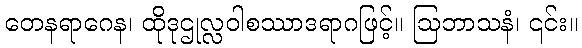
တေနရာဂေန၊ ထိုဒုဌုလ္လဝါစဿာဒရာဂဖြင့်။ ဩဘာသနံ၊ ၎င်း။